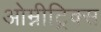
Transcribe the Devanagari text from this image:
ओम्नीट्रिक्स